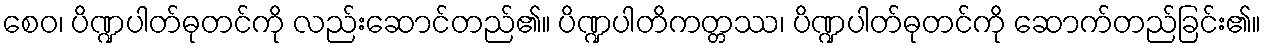
စေဝ၊ ပိဏ္ဍပါတ်ဓုတင်ကို လည်းဆောင်တည်၏။ ပိဏ္ဍပါတိကတ္တဿ၊ ပိဏ္ဍပါတ်ဓုတင်ကို ဆောက်တည်ခြင်း၏။